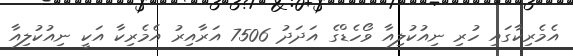
އެމެރިކާގައި ހުރި ނިއުކުލިއާ ވޯހެޑްގެ އަދަދު 7506 އަރާއިރު އެމެރިކާ އަކީ ނިއުކުލިއާ